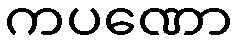
ကပဏော